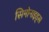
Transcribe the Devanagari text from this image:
सिमोनाइड्स